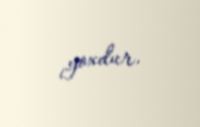
yoxdur.